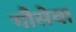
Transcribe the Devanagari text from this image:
गौसेवा